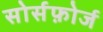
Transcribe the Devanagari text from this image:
सोर्सफ़ोर्ज